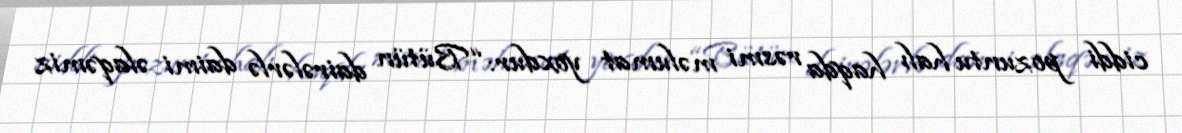
ciddi pozuntu halı haqda rəsmi məlumat yoxdur: “Bütün dairələrlə daimi əlaqəmiz